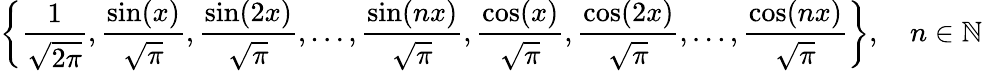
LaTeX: \left\{ {\frac{1}{\sqrt{2\pi}}},{\frac{\sin(x)}{\sqrt{\pi}}},{\frac{\sin(2x)}{\sqrt{\pi}}},\ldots,{\frac{\sin(nx)}{\sqrt{\pi}}},{\frac{\cos(x)}{\sqrt{\pi}}},{\frac{\cos(2x)}{\sqrt{\pi}}},\ldots,{\frac{\cos(nx)}{\sqrt{\pi}}}\right\} ,\quad n\in\mathbb{N}